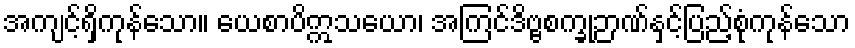
အကျင့်ရှိကုန်သော။ ယေစာပိဣသယော၊ အကြင်ဒိဗ္ဗစက္ခုဉာဏ်နှင့်ပြည့်စုံကုန်သော